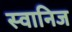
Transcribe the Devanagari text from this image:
स्वानिज